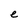
Character: e